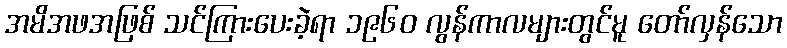
အမိအဖအဖြစ် သင်ကြားပေးခဲ့ရာ ၁၉၆၀ လွန်ကာလများတွင်မူ တော်လှန်သော